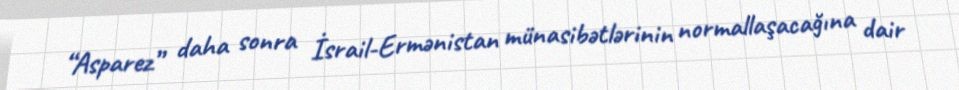
“Asparez” daha sonra İsrail-Ermənistan münasibətlərinin normallaşacağına dair